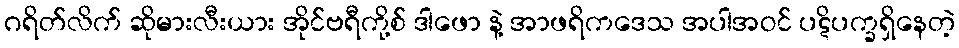
ဂရိတ်လိက် ဆိုမားလီးယား အိုင်ဗရီကို့စ် ဒါဖော နဲ့ အာဖရိကဒေသ အပါအဝင် ပဋိပက္ခရှိနေတဲ့